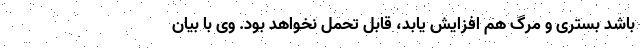
باشد بستری و مرگ هم افزایش یابد، قابل تحمل نخواهد بود. وی با بیان